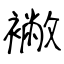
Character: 襒